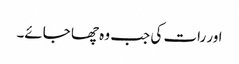
اور رات کی جب وہ چھا جائے۔